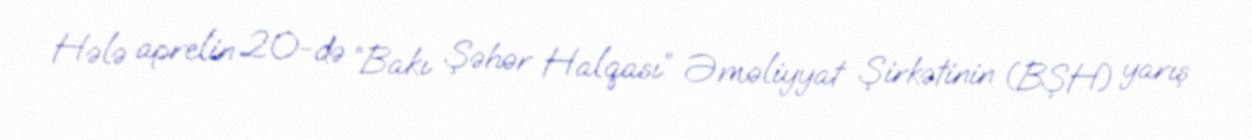
Hələ aprelin 20-də “Bakı Şəhər Halqası” Əməliyyat Şirkətinin (BŞH) yarış